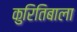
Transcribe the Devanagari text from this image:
कुरितिबाला